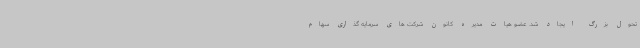
تحول بزرگ ایجاد شد. عضو هیات مدیره کانون شرکت های سرمایه گذاری سهام